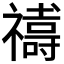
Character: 𮂞